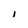
Character: I